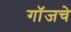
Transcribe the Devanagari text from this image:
गॉजचे